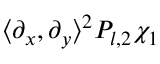
\langle \partial _ { x } , \partial _ { y } \rangle ^ { 2 } P _ { l , 2 } \chi _ { 1 }